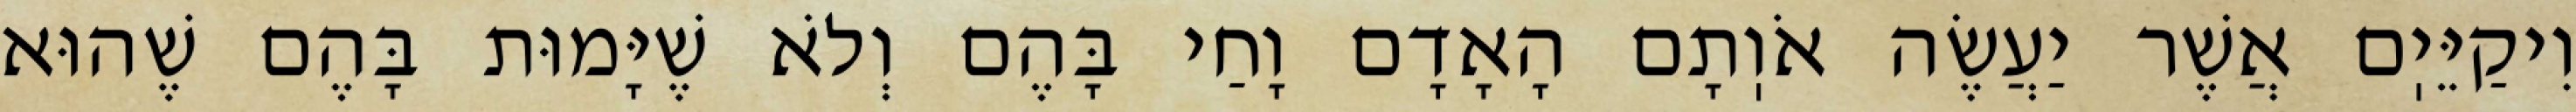
וִיקַיֵּיֽם אֲשֶׁר יַעֲשֶׂה אֹוֽתָם הָאָדָם וָחַי בָּהֶם וְלֹא שֶׁיָּמוּת בָּהֶם שֶׁהוּא